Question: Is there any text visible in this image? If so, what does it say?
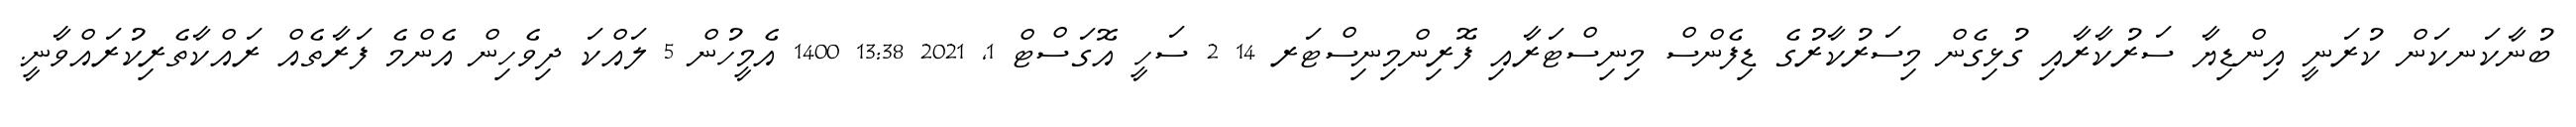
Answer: ބުނާކަނކަން ކުރަނީ އިންޑިޔާ ސަރުކާރާއި ގުޅިގެން މިސަރުކާރުގެ ޑިފެންސް މިނިސްޓަރާއި ފޮރިންމިނިސްޓަރ 14 2 ސަހީ އޮގަސްޓް 1, 2021 13:38 1400 އެމީހުން 5 ލައްކަ ދިވެހިން އެންމެ ފަރާތެއް ރައްކާތެރިކުރައްވާނީ.